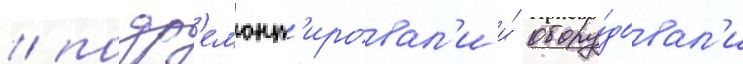
/ подр'емонт'ировал'и и́ обору́довал'и